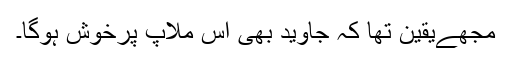
مجھےیقین تھا کہ جاوید بھی اس ملاپ پرخوش ہوگا۔